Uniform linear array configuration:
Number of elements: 64
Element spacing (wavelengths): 0.25
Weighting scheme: uniform
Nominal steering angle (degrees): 30
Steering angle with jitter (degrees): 30.227
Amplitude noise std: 0.05
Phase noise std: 0.05

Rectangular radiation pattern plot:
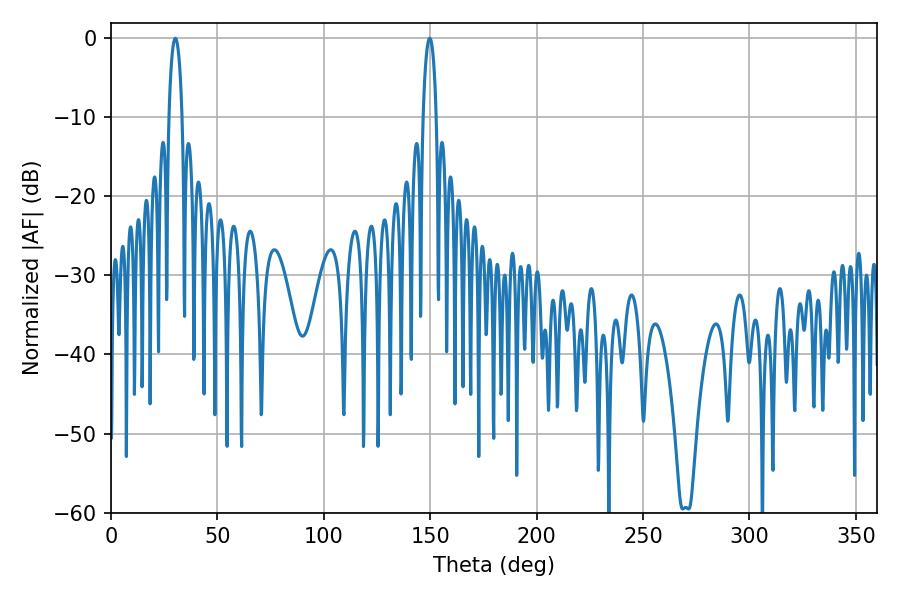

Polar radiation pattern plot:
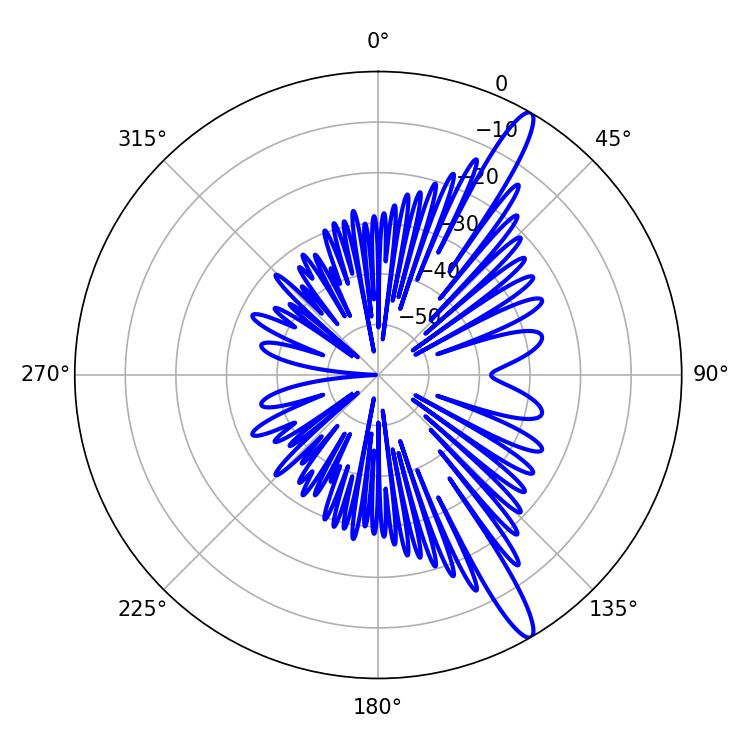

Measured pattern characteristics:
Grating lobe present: FALSE
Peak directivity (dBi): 14.379
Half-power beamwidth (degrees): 3.6
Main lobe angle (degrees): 30.24